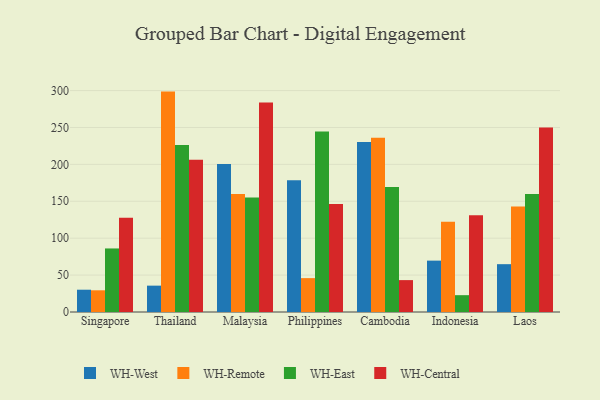
{"axis": {"x": "Country", "y": "Production Output"}, "legend": ["WH-Central", "WH-East", "WH-Remote", "WH-West"], "data": [{"x": "Singapore", "y": 30.2, "type": "WH-West"}, {"x": "Singapore", "y": 29.4, "type": "WH-Remote"}, {"x": "Singapore", "y": 86.1, "type": "WH-East"}, {"x": "Singapore", "y": 127.6, "type": "WH-Central"}, {"x": "Thailand", "y": 35.7, "type": "WH-West"}, {"x": "Thailand", "y": 298.6, "type": "WH-Remote"}, {"x": "Thailand", "y": 226.4, "type": "WH-East"}, {"x": "Thailand", "y": 206.4, "type": "WH-Central"}, {"x": "Malaysia", "y": 200.4, "type": "WH-West"}, {"x": "Malaysia", "y": 160.0, "type": "WH-Remote"}, {"x": "Malaysia", "y": 155.0, "type": "WH-East"}, {"x": "Malaysia", "y": 283.8, "type": "WH-Central"}, {"x": "Philippines", "y": 178.5, "type": "WH-West"}, {"x": "Philippines", "y": 45.9, "type": "WH-Remote"}, {"x": "Philippines", "y": 244.6, "type": "WH-East"}, {"x": "Philippines", "y": 146.2, "type": "WH-Central"}, {"x": "Cambodia", "y": 230.2, "type": "WH-West"}, {"x": "Cambodia", "y": 236.1, "type": "WH-Remote"}, {"x": "Cambodia", "y": 169.2, "type": "WH-East"}, {"x": "Cambodia", "y": 43.2, "type": "WH-Central"}, {"x": "Indonesia", "y": 69.6, "type": "WH-West"}, {"x": "Indonesia", "y": 122.2, "type": "WH-Remote"}, {"x": "Indonesia", "y": 22.8, "type": "WH-East"}, {"x": "Indonesia", "y": 131.2, "type": "WH-Central"}, {"x": "Laos", "y": 64.8, "type": "WH-West"}, {"x": "Laos", "y": 142.9, "type": "WH-Remote"}, {"x": "Laos", "y": 159.9, "type": "WH-East"}, {"x": "Laos", "y": 249.8, "type": "WH-Central"}]}